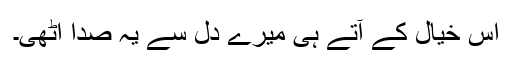
اس خیال کے آتے ہی میرے دل سے یہ صدا اٹھی۔